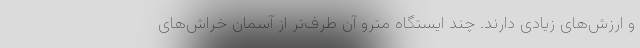
و ارزش‌های زیادی دارند. چند ایستگاه مترو آن طرف‌تر از آسمان خراش‌های